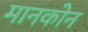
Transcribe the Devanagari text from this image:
मानकोन